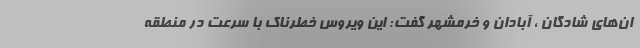
ان‌های شادگان ، آبادان و خرمشهر گفت: این ویروس خطرناک با سرعت در منطقه